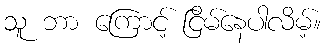
သူ ဘာ ကြောင့် ငြိမ်နေပါလိမ့်။